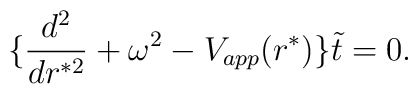
\{ {d^2 \over dr^{*2}} + \omega^2 - V_{app}(r^*)\} \tilde t = 0.